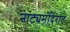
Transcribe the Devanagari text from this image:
नाट्यमंदिरात